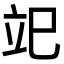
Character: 䇃